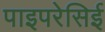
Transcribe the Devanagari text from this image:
पाइपरेसिई